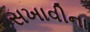
સખાવીના